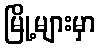
မြို့များမှာ